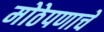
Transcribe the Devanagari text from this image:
मोठेपणाचे